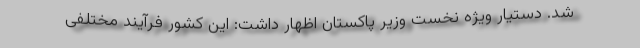
شد. دستیار ویژه نخست وزیر پاکستان اظهار داشت: این کشور فرآیند مختلفی